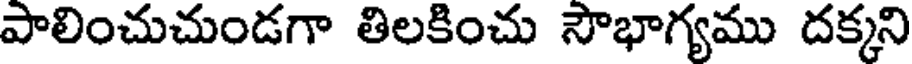
పాలించుచుండగా తిలకించు సౌభాగ్యము దక్కని